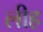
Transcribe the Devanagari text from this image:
लीह